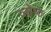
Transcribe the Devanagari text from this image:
ज्‍येष्‍ठ